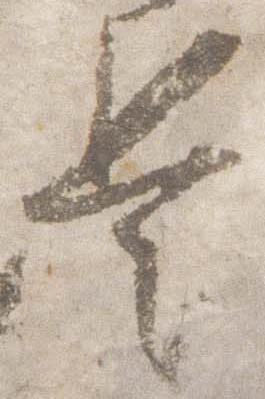
是